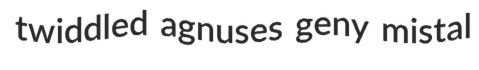
twiddled agnuses geny mistal